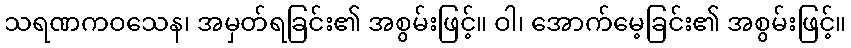
သရဏကဝသေန၊ အမှတ်ရခြင်း၏ အစွမ်းဖြင့်။ ဝါ၊ အောက်မေ့ခြင်း၏ အစွမ်းဖြင့်။